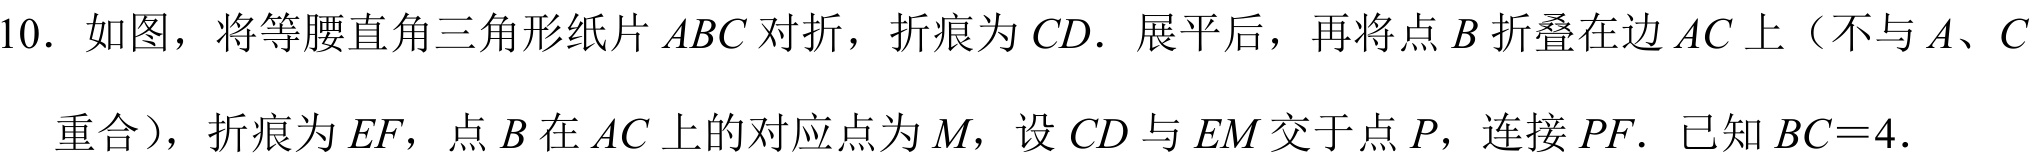
10. 如图，将等腰直角三角形纸片\(ABC\)对折，折痕为\(CD\). 展平后，再将点\(B\)折叠在边\(AC\)上（不与\(A、C\)
重合），折痕为\(EF\)，点\(B\)在\(AC\)上的对应点为\(M\)，设\(CD\)与\(EM\)交于点\(P\)，连接\(PF\). 已知\(BC = 4\).